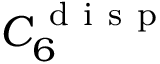
C _ { 6 } ^ { \mathrm { ~ d ~ i ~ s ~ p ~ } }